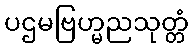
ပဌမဗြဟ္မညသုတ္တံ